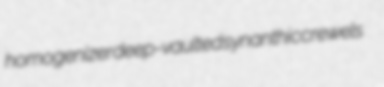
homogenizer deep-vaulted synanthic crewels